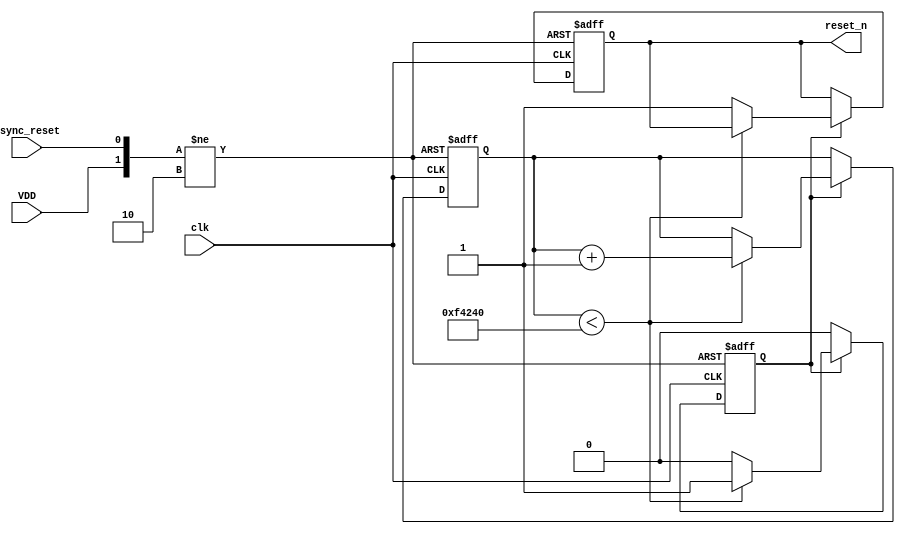
module PowerOnReset (
    input wire VDD,          // Power supply signal
    input wire async_reset,  // Asynchronous reset input
    input wire clk,          // Clock signal for timing control
    output reg reset_n       // Active low reset output
);

    parameter RESET_DURATION = 1000000; // Duration for the reset signal (in clock cycles)

    reg [19:0] counter;       // Counter for timing
    reg reset_active;         // Internal signal to indicate reset status

    // State machine for the Power-On Reset functionality
    always @(posedge clk or negedge VDD or posedge async_reset) begin
        if (!VDD) begin
            // Power is off, reset active
            reset_n <= 1'b0;  // Assert reset
            reset_active <= 1'b1; // Indicate reset is active
            counter <= 20'd0; // Reset the counter
        end else if (async_reset) begin
            // Asynchronous reset
            reset_n <= 1'b0;  // Assert reset
            reset_active <= 1'b1; // Indicate reset is active
            counter <= 20'd0; // Reset the counter
        end else if (reset_active) begin
            // If reset is active, increment the counter
            if (counter < RESET_DURATION) begin
                counter <= counter + 1;
            end else begin
                // Deassert reset after the specified duration
                reset_n <= 1'b1;  // Release reset
                reset_active <= 1'b0; // Reset is no longer active
            end
        end
    end

    // Ensure reset is deasserted when power is stable
    initial begin
        reset_n = 1'b1; // Default state is active (not reset)
        reset_active = 1'b0;
        counter = 20'd0;
    end

endmodule